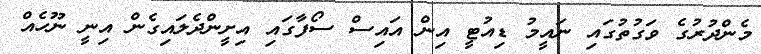
މެންދުރުގެ ވަގުތުގައި ނައީމު ޑިއުޓީ އިން އައިސް ސޯފާގައި އިށީންދެލައިގެން އިނީ ނޫހެއް